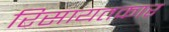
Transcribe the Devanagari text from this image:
रिसायतकार